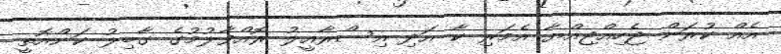
އެއް ކުރަން ޖެހިއްޖިއްޔާ އެމަރި ކާ އަދި އިސްރާއީލު ރޮއްވާލުމުގެ ގާބިލު ކަންއޮތީ